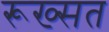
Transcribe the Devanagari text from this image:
रूख्सत